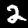
Label: 2